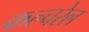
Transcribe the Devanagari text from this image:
कल्चरेल